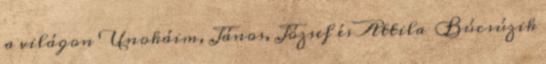
a világon Unokáim, János, József és Attila Búcsúzik